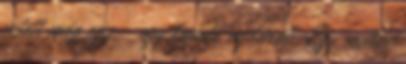
vetett még egy - egy lapuló ágdarab. Egy malac